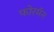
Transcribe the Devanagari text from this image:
फोरमॅन